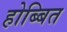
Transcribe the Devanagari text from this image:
होब्बित